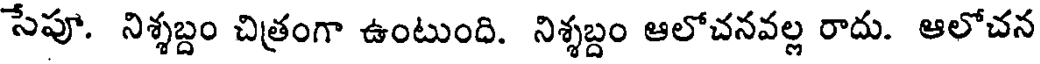
సేపూ. నిశ్శబ్దం చిత్రంగా ఉంటుంది. నిశ్శబ్దం ఆలోచనవల్ల రాదు. ఆలోచన